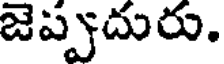
జెప్పుదురు.